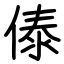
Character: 傣